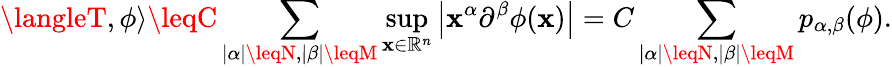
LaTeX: \langleT,\phi\rangle\leqC\sum_{|\alpha|\leqN,|\beta|\leqM}\operatorname*{sup}_{\mathbf{x}\in\mathbb{{R}}^{n}}\left|\mathbf{x}^{\alpha}\partial^{\beta}\phi(\mathbf{x})\right|=C\sum_{|\alpha|\leqN,|\beta|\leqM}p_{\alpha,\beta}(\phi).